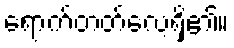
ရောက်တတ်လေ့ရှိ၏။